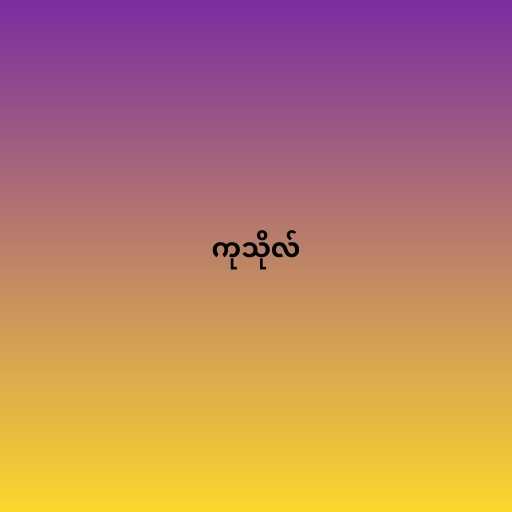
ကုသိုလ်